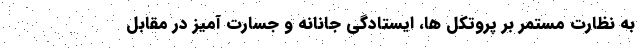
به نظارت مستمر بر پروتکل ها، ایستادگی جانانه و جسارت آمیز در مقابل